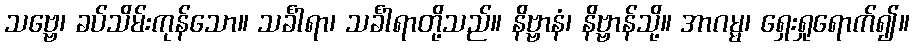
သဗ္ဗေ၊ ခပ်သိမ်းကုန်သော။ သင်္ခါရာ၊ သင်္ခါရာတို့သည်။ နိဗ္ဗာနံ၊ နိဗ္ဗာန်သို့။ အာဂမ္မ၊ ရှေးရှုရောက်၍။